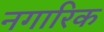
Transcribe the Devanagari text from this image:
नगारिक